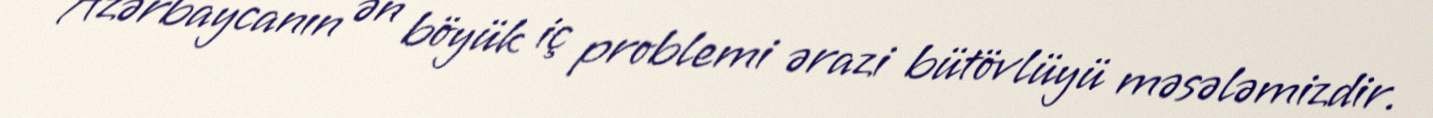
Azərbaycanın ən böyük iç problemi ərazi bütövlüyü məsələmizdir.